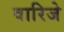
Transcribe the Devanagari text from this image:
वारिजे